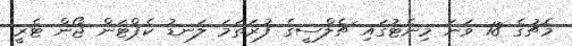
މެޗުގެ 18 ވަނަ މިނެޓުގައި ޗެލްސީގެ ފުރަތަމަ ލަނޑު ކެޕްޓަން ޖޯން ޓެރީ